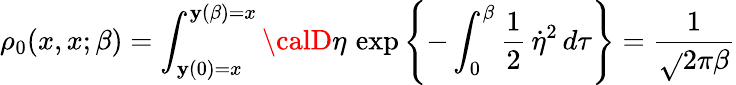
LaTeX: \rho_{0}(x,x;\beta)=\int_{\mathbf{y}(0)=x}^{\mathbf{y}(\beta)=x}{\calD}\eta\, \exp\left\{ -\int_{0}^{\beta}\frac{{1}}{{2}}\, \dot{{\eta}}^{2}\, d\tau\right\} =\frac{{1}}{{\sqrt{}{{2\pi\beta}}}}